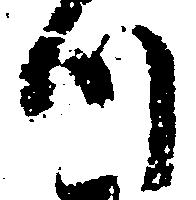
つ